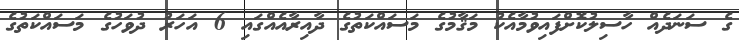
ގެ ސަނަދެއް ހާސިލުކޮށްފައިވުމާއެކު މަޤާމުގެ މަސައްކަތުގެ ދާއިރާއެއްގައި 6 އަހަރު ދުވަހުގެ މަސައްކަތުގެ